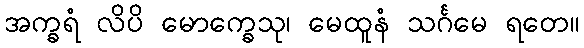
အက္ခရံ လိပိ မောက္ခေသု၊ မေထူနံ သင်္ဂမေ ရတေ။